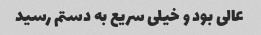
عالی بود و خیلی سریع به دستم رسید